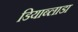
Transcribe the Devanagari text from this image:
डियाब्लाडा